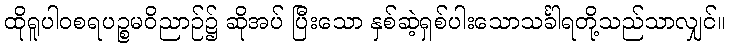
ထိုရူပါဝစရပဉ္စမဝိညာဉ်၌ ဆိုအပ် ပြီးသော နှစ်ဆဲ့ရှစ်ပါးသောသင်္ခါရတို့သည်သာလျှင်။